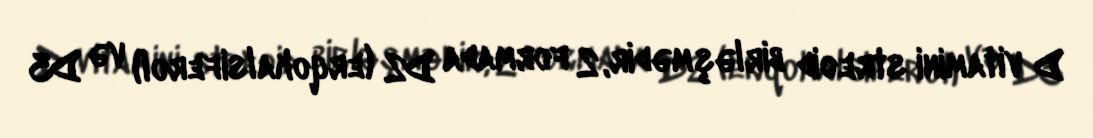
D vitamini streoid birləşmədir, 2 formada D2 (erqokalsiferol) və D3